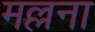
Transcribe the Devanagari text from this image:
मल्लना